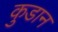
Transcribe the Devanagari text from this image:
कुडान